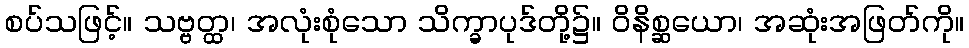
စပ်သဖြင့်။ သဗ္ဗတ္ထ၊ အလုံးစုံသော သိက္ခာပုဒ်တို့၌။ ဝိနိစ္ဆယော၊ အဆုံးအဖြတ်ကို။